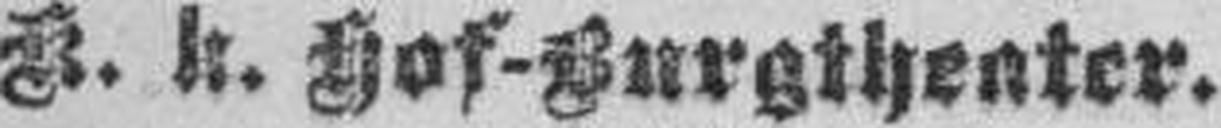
K. k. Hof-Burgtheater.